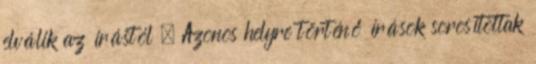
elválik az írástól – Azonos helyre történő írások sorosítottak